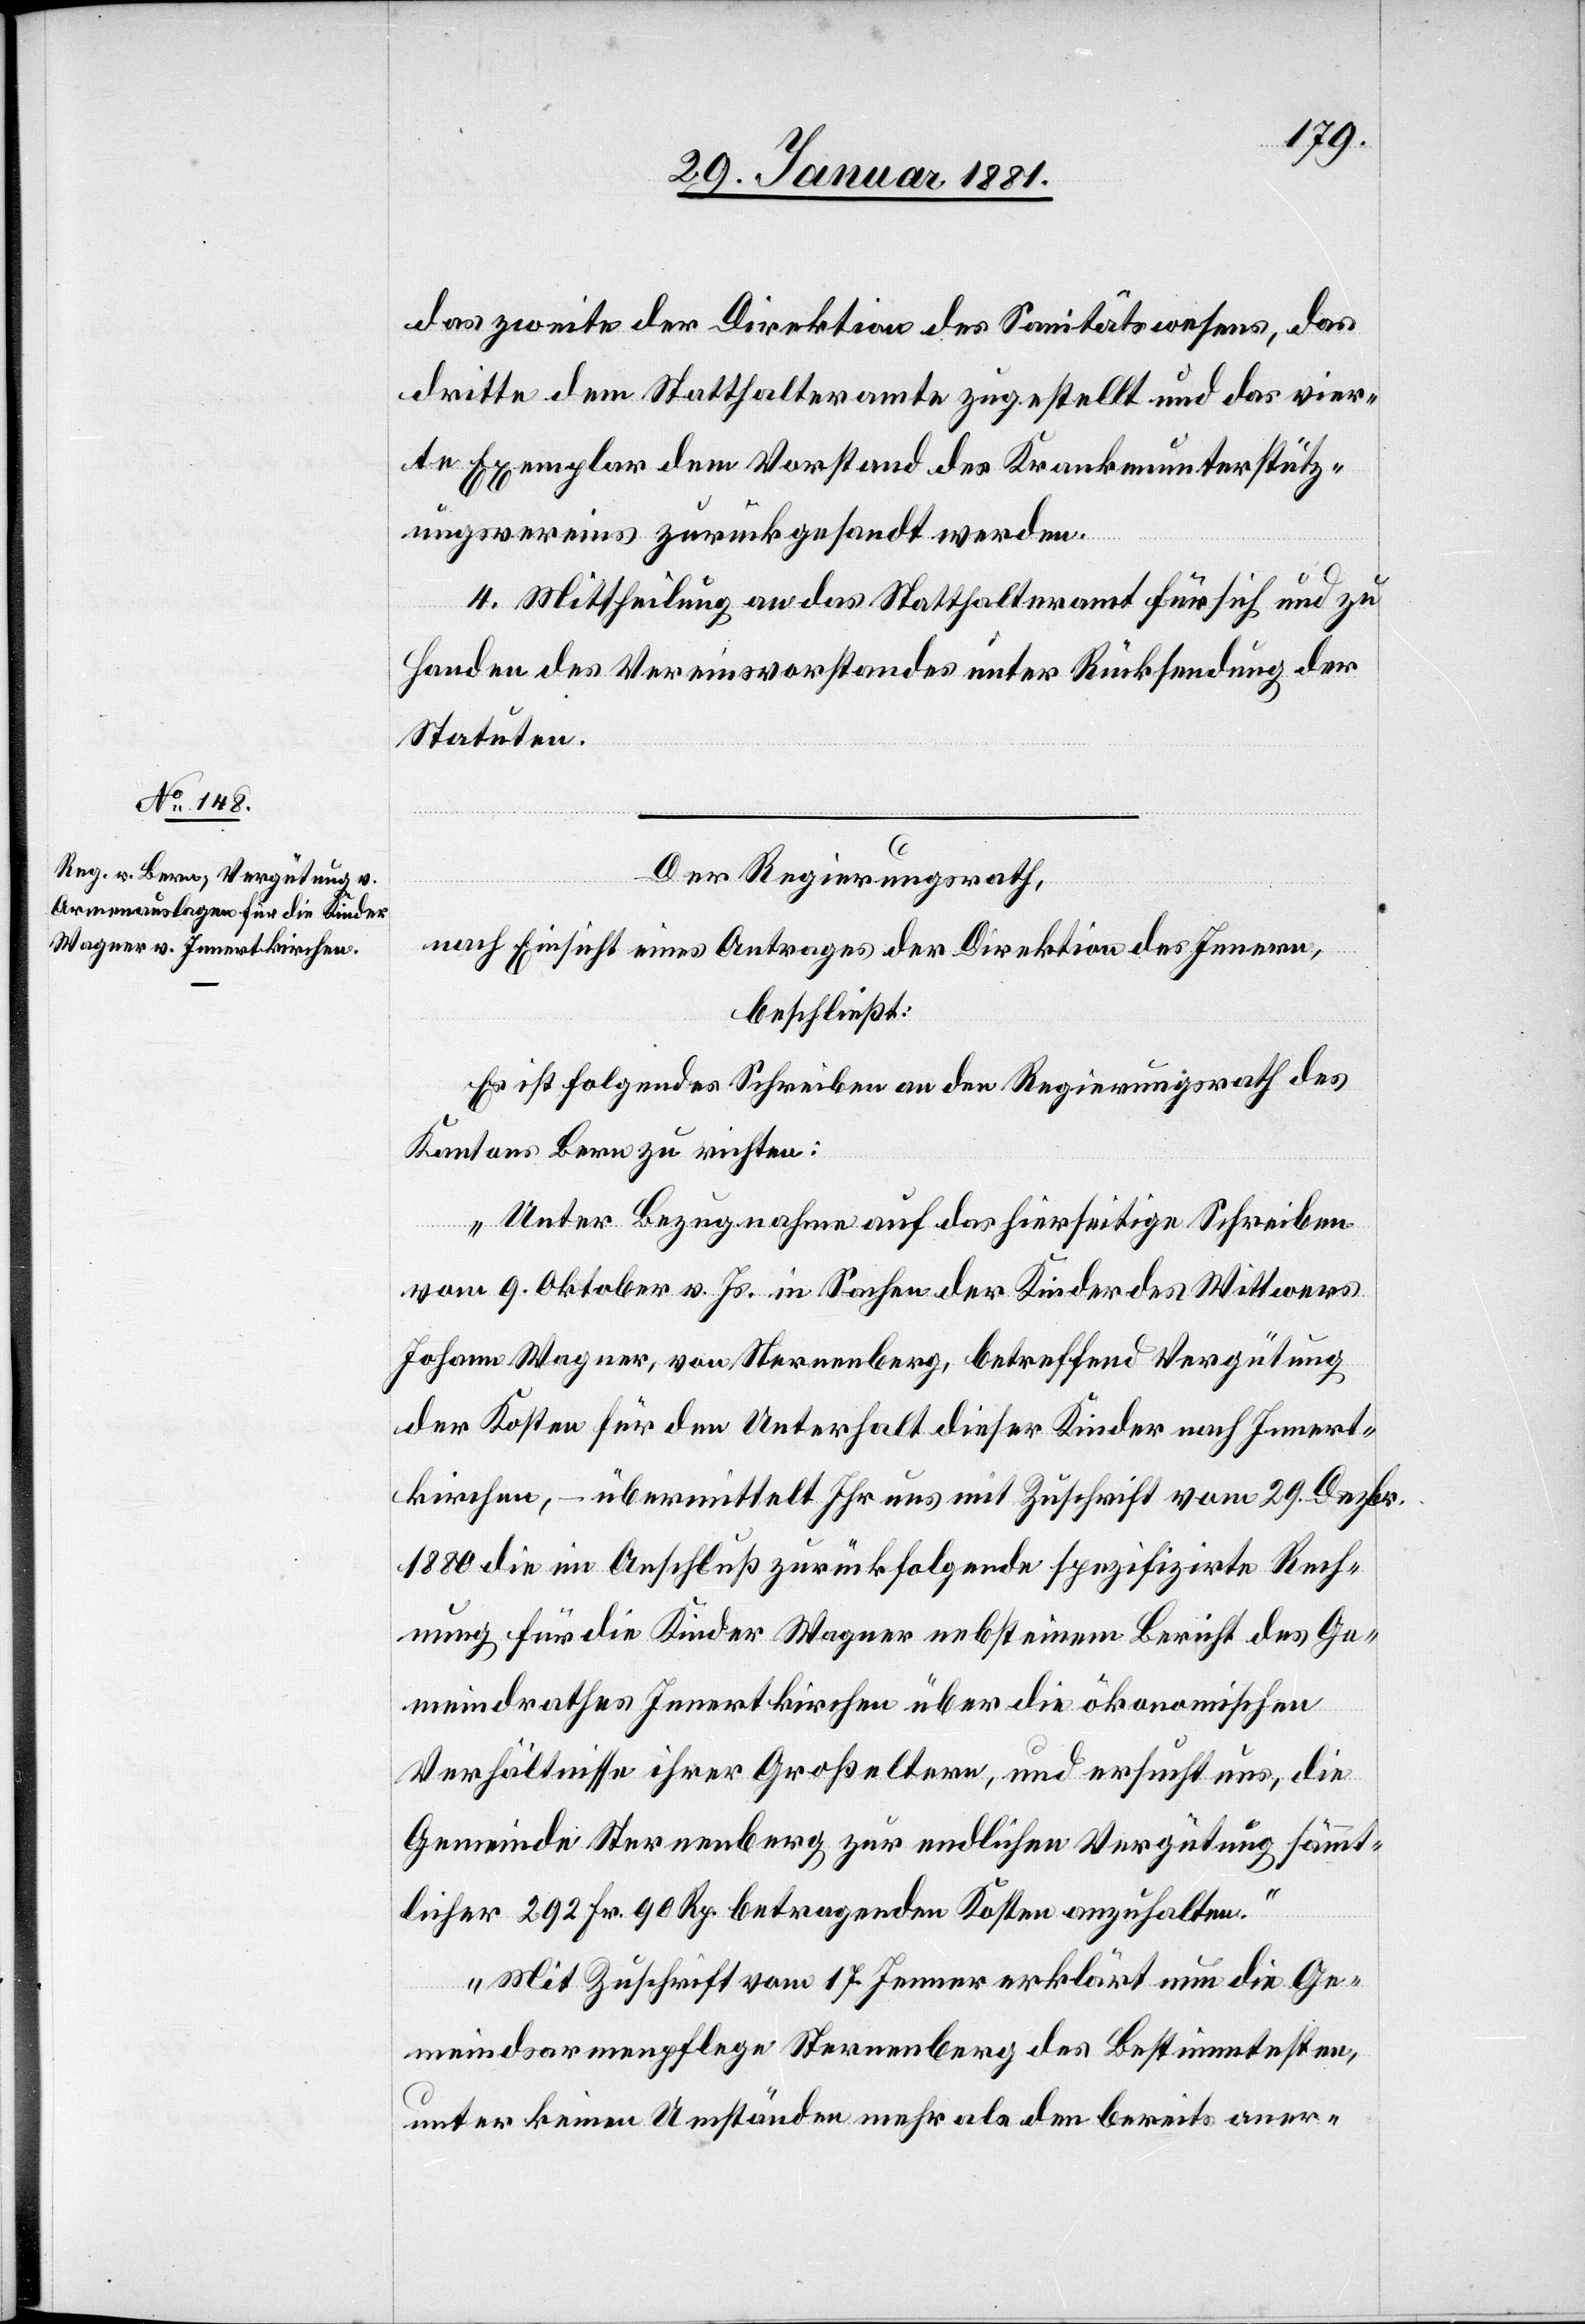
das zweite der Direktion des Sanitätswesens, das
dritte dem Statthalteramte zugestellt und das vier¬
te Exemplar dem Vorstand des Krankenunterstütz¬
ungsvereins zurückgesandt werden.
4. Mittheilung an das Statthalteramt für sich und zu
Handen des Vereinsvorstandes unter Rücksendung der
Statuten.
Der Regierungsrath,
nach Einsicht eines Antrages der Direktion des Innern,
beschließt:
Es ist folgendes Schreiben an den Regierungsrath des
Kantons Bern zu richten:
„Unter Bezugnahme auf das hierseitige Schreiben
vom 9. Oktober v. Js. in Sachen der Kinder des Wittwers
Johann Wagner, von Sternenberg, betreffend Vergütung
der Kosten für den Unterhalt dieser Kinder nach Innert¬
kirchen, – übermittelt Ihr uns mit Zuschrift vom 29. Dezbr.
1880 die im Anschluß zurückfolgende spezifizirte Rech¬
nung für die Kinder Wagner nebst einem Bericht des Ge¬
meindrathes Innertkirchen über die ökonomischen
Verhältnisse ihrer Großeltern, und ersucht uns, die
Gemeinde Sternenberg zur endlichen Vergütung sämmt¬
licher 292 Fr. 90 Rp. betragenden Kosten anzuhalten.“
„Mit Zuschrift vom 17. Jenner erklärt nun die Ge¬
meindsarmenpflege Sternenberg des Bestimmtesten,
unter keinen Umständen mehr als den bereits aner-